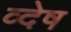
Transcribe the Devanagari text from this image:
व्देष